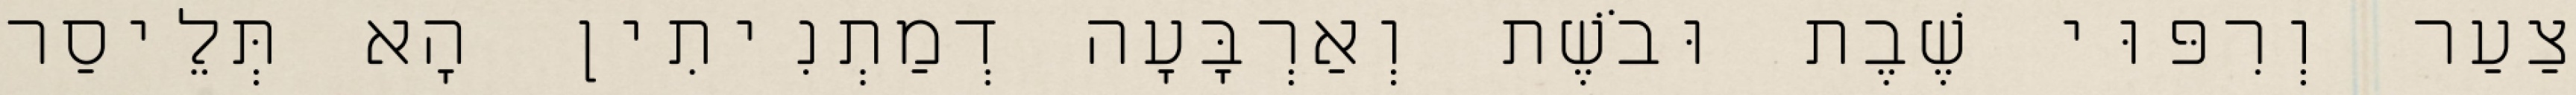
צַעַר וְרִפּוּי שֶׁבֶת וּבֹשֶׁת וְאַרְבָּעָה דְמַתְנִיתִין הָא תְּלֵיסַר